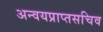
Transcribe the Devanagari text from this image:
अन्वयप्राप्तसचिव